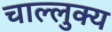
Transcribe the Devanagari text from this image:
चाल्लुक्य